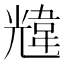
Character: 韑